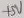
Text: +5V